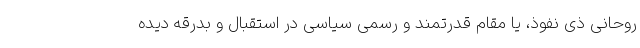
روحانی ذی نفوذ، یا مقام قدرتمند و رسمی سیاسی در استقبال و بدرقه دیده